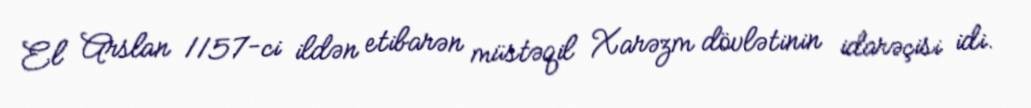
El Arslan 1157-ci ildən etibarən müstəqil Xarəzm dövlətinin idarəçisi idi.